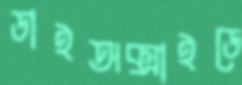
ডাইঅক্সাইডে